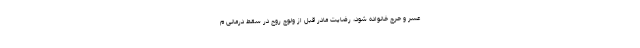
عسر و حرج خانواده شود، رضایت مادر قبل از ولوج روح در سقط درمانی م